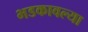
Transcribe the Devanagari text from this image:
भडकावल्या